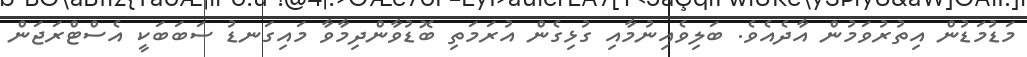
މަޑުމަޑުން އިތުރުވަމުން އާދެއެވެ. ބަލިވެއިނުމާއި ގުޅިގެން އުރަމަތި ބޮޑުވާންދިމާވާ މައިގަނޑު ސަބަބަކީ އެސްޓްރަޖަން